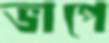
ভাপে